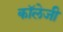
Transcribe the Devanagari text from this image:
कॉलेजी